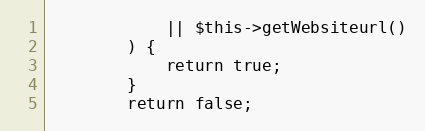
Language: PHP
            || $this->getWebsiteurl()
        ) {
            return true;
        }
        return false;